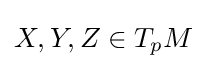
X,Y,Z\in T_{p}M